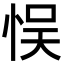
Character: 悮